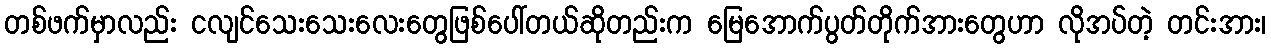
တစ်ဖက်မှာလည်း ငလျင်သေးသေးလေးတွေဖြစ်ပေါ်တယ်ဆိုတည်းက မြေအောက်ပွတ်တိုက်အားတွေဟာ လိုအပ်တဲ့ တင်းအား၊